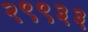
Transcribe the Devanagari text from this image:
२९९३३